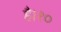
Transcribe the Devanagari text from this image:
है।१०